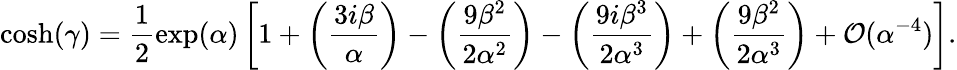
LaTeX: \cosh(\gamma)=\frac{1}{2}\exp(\alpha)\left[1+\left(\frac{3i\beta}{\alpha}\right)-\left(\frac{9\beta^{2}}{2\alpha^{2}}\right)-\left(\frac{9i\beta^{3}}{2\alpha^{3}}\right)+\left(\frac{9\beta^{2}}{2\alpha^{3}}\right)+\mathcal O(\alpha^{-4})\right].